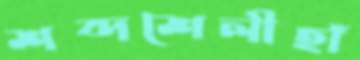
শব্দশৈলীহাঁ